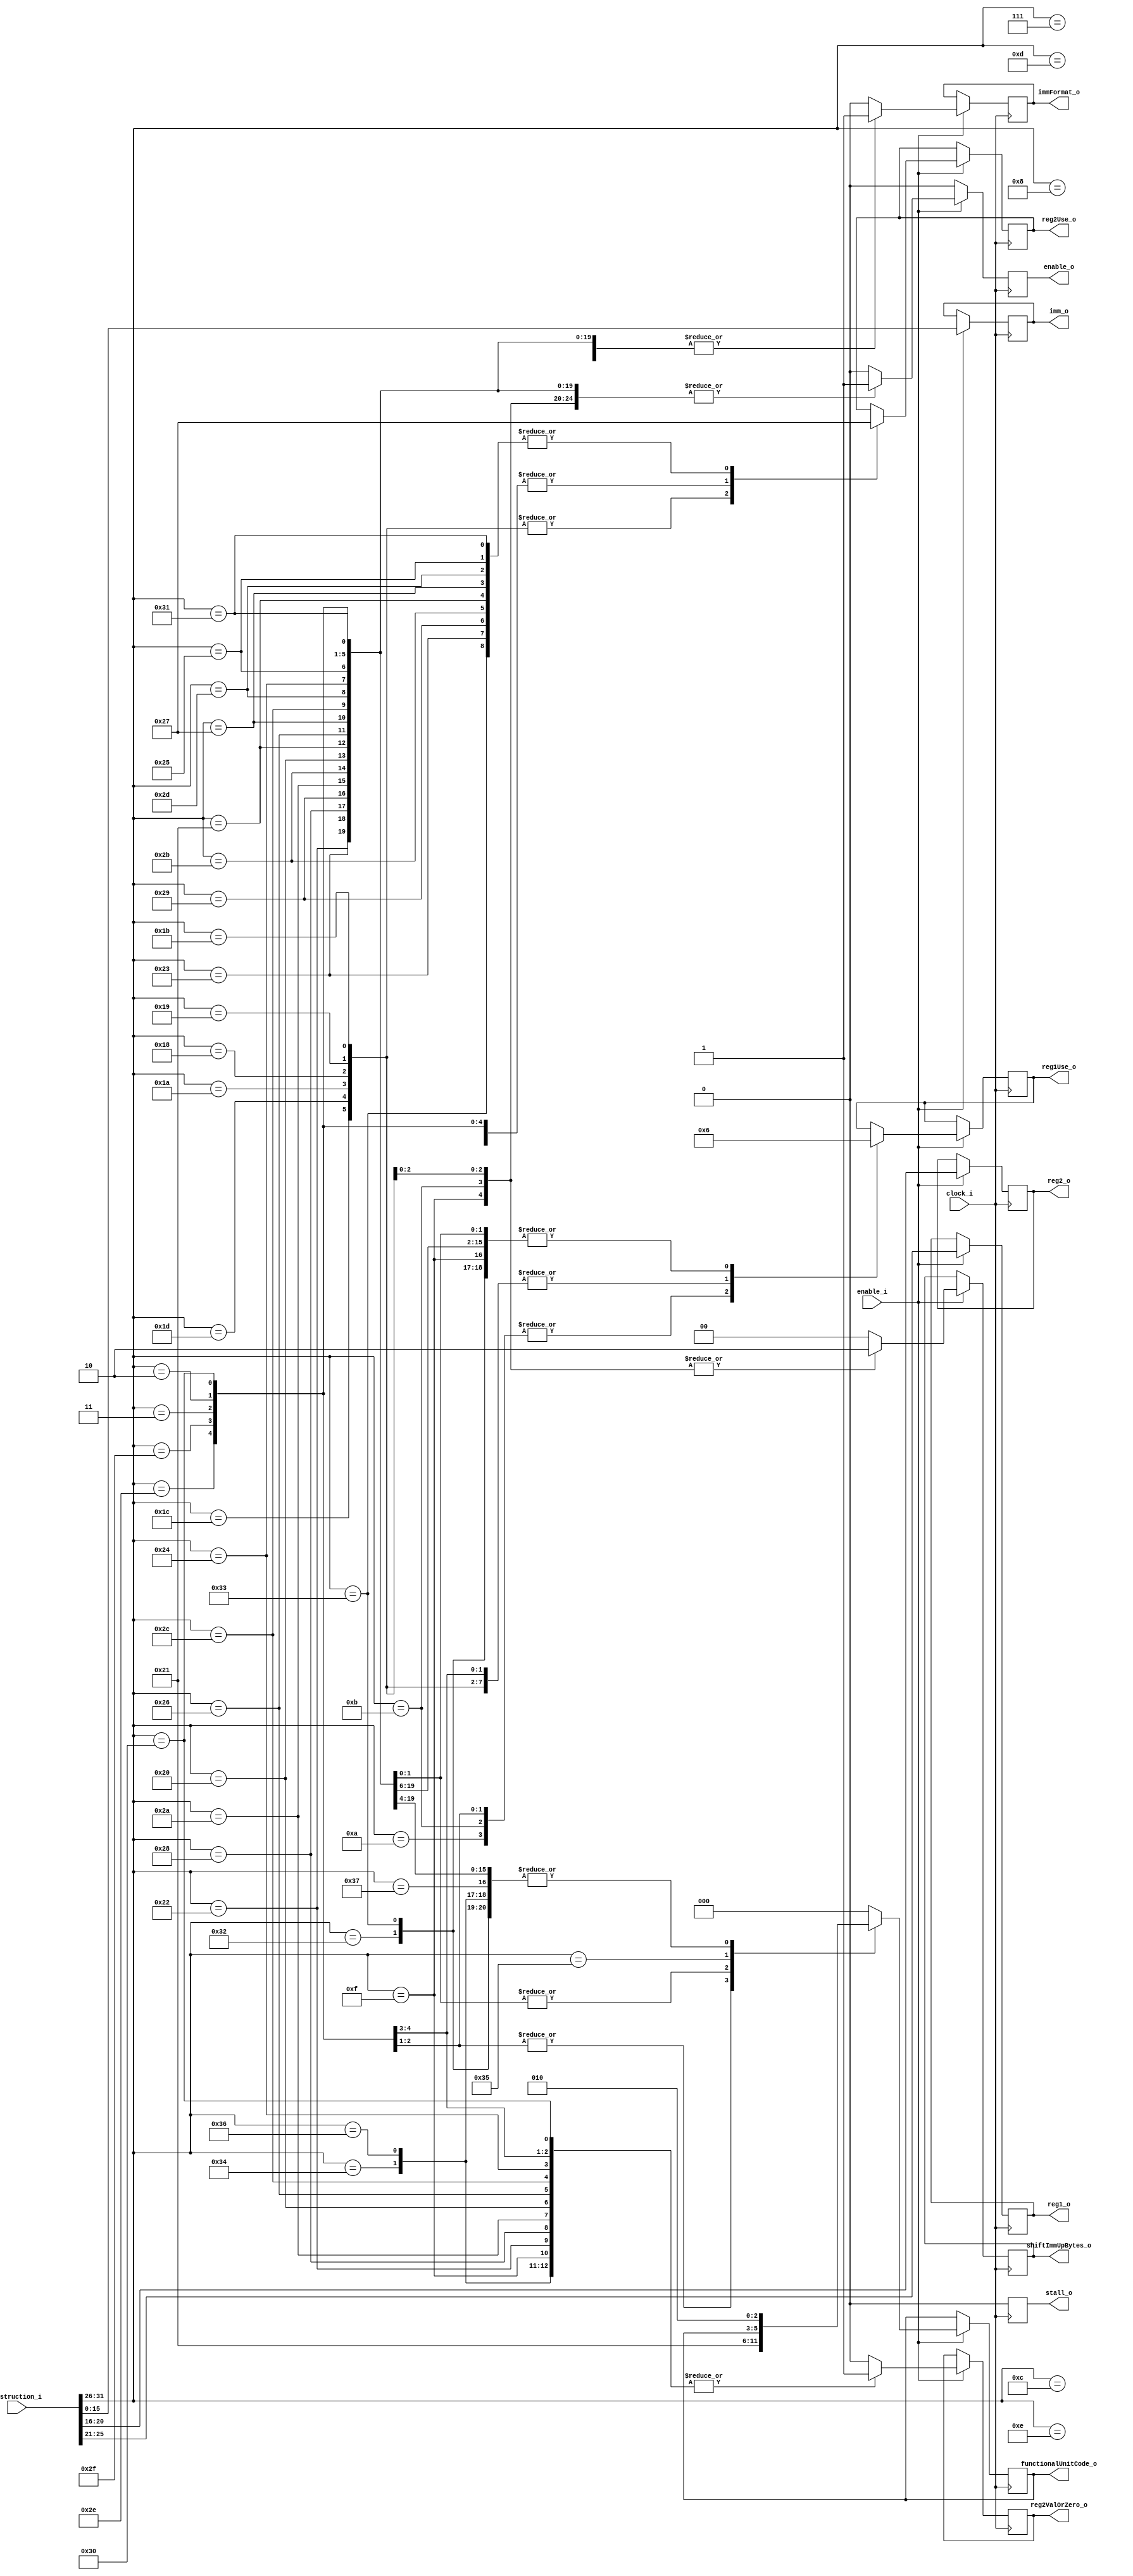
`timescale 1ns / 1ps
//////////////////////////////////////////////////////////////////////////////////
//This unit takes in the fetched instruction (in parallel with other decode units) and checks to see if the instruction is a D foramat isntruction
//Supports all D format instructions in the POWER 3.0B ISA
//////////////////////////////////////////////////////////////////////////////////
module DFormatDecoder#(parameter opcodeWidth = 6, parameter regWidth = 5, parameter immWidth = 16, parameter instructionWidth = 32,
parameter signedImm = 1, parameter unsignedImm = 0, parameter regImm = 0, parameter regRead = 1, parameter regWrite = 2, parameter regReadWrite = 3,
parameter FXUnitCode = 0, parameter FPUnitCode = 1, parameter LdStUnitCode = 2, parameter BranchUnitCode = 3, parameter TrapUnitCode = 4//functional unit code/ID used for dispatch
)(
	//command in
	input wire clock_i,
	input wire enable_i,
	//data in
	input wire [0:instructionWidth-1] instruction_i,
	//command out
	output reg stall_o,
	//data out
	output reg [0:regWidth-1] reg1_o, reg2_o,
	output reg [0:1] reg1Use_o, reg2Use_o,//describes the operations to happen to the reg
	output reg reg2ValOrZero_o,//indicates that if the register addr is zero, a zero litteral is to be used not reg zero
	output reg [0:immWidth-1] imm_o,
	output reg immFormat_o,//0 = unsignedImm, 1 = signedImm (sign extended to 64b down the pipe)
	output reg [0:1]shiftImmUpBytes_o,//EG shiftImmUpBytes_o == 2, the extended immediate will be { 32'h0000_0000, immFormat_o, 16'h0000}, if shiftImmUpBytes_o == 4: {immFormat_o, 48'h0000_0000_0000}
	output reg [0:2] functionalUnitCode_o,
	output reg enable_o
	);

always @(posedge clock_i)
begin
	if(enable_i == 1)
	begin
		reg1_o <= instruction_i[6:10]; reg2_o <= instruction_i[11:15];
		imm_o <= instruction_i[16:31];
		case(instruction_i[0:opcodeWidth-1])//switch on the opcode
		//fixed point D format instructions
			34: begin $display("Load Byte and Zero");
				reg2ValOrZero_o <= 1; immFormat_o <= signedImm; shiftImmUpBytes_o <= 0;	
				reg1Use_o <= regWrite; reg2Use_o <= regRead;
				enable_o <= 1; stall_o <= 0;
				functionalUnitCode_o <= LdStUnitCode;
			end
			35: begin $display("Load Byte and Zero with Update");
				reg2ValOrZero_o <= 0; immFormat_o <= signedImm; shiftImmUpBytes_o <= 0;
				reg1Use_o <= regWrite; reg2Use_o <= regReadWrite;
				enable_o <= 1; stall_o <= 0;
				functionalUnitCode_o <= LdStUnitCode;
			end
			40: begin $display("Load Halfword and Zero");
				reg2ValOrZero_o <= 1; immFormat_o <= signedImm; shiftImmUpBytes_o <= 0;		
				reg1Use_o <= regWrite; reg2Use_o <= regRead;				
				enable_o <= 1; stall_o <= 0;
				functionalUnitCode_o <= LdStUnitCode;
			end
			41: begin $display("Load Halfword and Zero with Update");
				reg2ValOrZero_o <= 0; immFormat_o <= signedImm;  shiftImmUpBytes_o <= 0;		
				reg1Use_o <= regWrite; reg2Use_o <= regReadWrite;
				enable_o <= 1; stall_o <= 0;
				functionalUnitCode_o <= LdStUnitCode;
			end
			42: begin $display("Load Halfword Algebraic");
				reg2ValOrZero_o <= 1; immFormat_o <= signedImm; shiftImmUpBytes_o <= 0;
				reg1Use_o <= regWrite; reg2Use_o <= regRead;	
				enable_o <= 1; stall_o <= 0;
				functionalUnitCode_o <= LdStUnitCode;
			end
			43: begin $display("Load Halfword Algebraic with Update");
				reg2ValOrZero_o <= 0; immFormat_o <= signedImm; shiftImmUpBytes_o <= 0;
				reg1Use_o <= regWrite; reg2Use_o <= regReadWrite;
				enable_o <= 1; stall_o <= 0;
				functionalUnitCode_o <= LdStUnitCode;
			end
			32: begin $display("Load Word and Zero");
				reg2ValOrZero_o <= 1; immFormat_o <= signedImm; shiftImmUpBytes_o <= 0;
				reg1Use_o <= regWrite; reg2Use_o <= regRead;	
				enable_o <= 1; stall_o <= 0;
				functionalUnitCode_o <= LdStUnitCode;
			end
			33: begin $display("Load Word and Zero with Update");
				reg2ValOrZero_o <= 0; immFormat_o <= signedImm; shiftImmUpBytes_o <= 0;
				reg1Use_o <= regWrite; reg2Use_o <= regReadWrite;
				enable_o <= 1; stall_o <= 0;
				functionalUnitCode_o <= LdStUnitCode;
			end
			38: begin $display("Store Byte");
				reg2ValOrZero_o <= 1; immFormat_o <= signedImm; shiftImmUpBytes_o <= 0;
				reg1Use_o <= regWrite; reg2Use_o <= regRead;
				enable_o <= 1; stall_o <= 0;
				functionalUnitCode_o <= LdStUnitCode;
			end
			39: begin $display("Store Byte with Update");
				reg2ValOrZero_o <= 0; immFormat_o <= signedImm; shiftImmUpBytes_o <= 0;
				reg1Use_o <= regWrite; reg2Use_o <= regReadWrite;
				enable_o <= 1; stall_o <= 0;
				functionalUnitCode_o <= LdStUnitCode;
			end
			44: begin $display("Store Halfword");
				reg2ValOrZero_o <= 1; immFormat_o <= signedImm; shiftImmUpBytes_o <= 0;
				reg1Use_o <= regWrite; reg2Use_o <= regRead;
				enable_o <= 1; stall_o <= 0;
				functionalUnitCode_o <= LdStUnitCode;
			end
			45: begin $display("Store Halfword with Update");
				reg2ValOrZero_o <= 0; immFormat_o <= signedImm; shiftImmUpBytes_o <= 0;
				reg1Use_o <= regWrite; reg2Use_o <= regReadWrite;
				enable_o <= 1; stall_o <= 0;
				functionalUnitCode_o <= LdStUnitCode;
			end
			36: begin $display("Store Word");
				reg2ValOrZero_o <= 1; immFormat_o <= signedImm; shiftImmUpBytes_o <= 0;
				reg1Use_o <= regWrite; reg2Use_o <= regRead;
				enable_o <= 1; stall_o <= 0;
				functionalUnitCode_o <= LdStUnitCode;
			end
			37: begin $display("Store Word with Update");
				reg2ValOrZero_o <= 0; immFormat_o <= signedImm; shiftImmUpBytes_o <= 0;
				reg1Use_o <= regWrite; reg2Use_o <= regReadWrite;
				enable_o <= 1; stall_o <= 0;
				functionalUnitCode_o <= LdStUnitCode;
			end
			46: begin $display("Load Multiple Word");
				reg2ValOrZero_o <= 1; immFormat_o <= signedImm; shiftImmUpBytes_o <= 0;
				reg1Use_o <= regRead; reg2Use_o <= regRead;
				enable_o <= 1; stall_o <= 0;
				functionalUnitCode_o <= LdStUnitCode;
			end
			47: begin $display("Store Multiple Word");
				reg2ValOrZero_o <= 1; immFormat_o <= signedImm; shiftImmUpBytes_o <= 0;
				reg1Use_o <= regRead; reg2Use_o <= regRead;
				///CANT BE USED IN le MODE! system align-ment error handler is invoked
				enable_o <= 1; stall_o <= 0;
				functionalUnitCode_o <= LdStUnitCode;
			end
			14: begin $display("Add Immediate");
				reg2ValOrZero_o <= 1; immFormat_o <= signedImm; shiftImmUpBytes_o <= 0;
				reg1Use_o <= regWrite; reg2Use_o <= regRead;
				enable_o <= 1; stall_o <= 0;
				functionalUnitCode_o <= FXUnitCode;
			end
			15: begin $display("Add Immediate Shifted");
				reg2ValOrZero_o <= 1; imm_o <= instruction_i[16:31]; immFormat_o <= signedImm; shiftImmUpBytes_o <= 2;
				reg1Use_o <= regWrite; reg2Use_o <= regRead;
				enable_o <= 1; stall_o <= 0;
				functionalUnitCode_o <= FXUnitCode;
			end
			12: begin $display("Add Immediate Carrying");
				reg2ValOrZero_o <= 0; immFormat_o <= signedImm; shiftImmUpBytes_o <= 0;
				reg1Use_o <= regWrite; reg2Use_o <= regRead;
				enable_o <= 1; stall_o <= 0;
				functionalUnitCode_o <= FXUnitCode;
			end
			13: begin $display("Add Immediate Carrying and Record");
				reg2ValOrZero_o <= 0; immFormat_o <= signedImm; shiftImmUpBytes_o <= 0;
				reg1Use_o <= regWrite; reg2Use_o <= regRead;
				enable_o <= 1; stall_o <= 0;
				functionalUnitCode_o <= FXUnitCode;
			end
			8: begin $display("Subtract From Immediate Carrying");
				reg2ValOrZero_o <= 0; immFormat_o <= signedImm; shiftImmUpBytes_o <= 0;
				reg1Use_o <= regWrite; reg2Use_o <= regRead;
				enable_o <= 1; stall_o <= 0;
				functionalUnitCode_o <= FXUnitCode;
			end
			7: begin $display("Multiply Low Immediate");
				reg2ValOrZero_o <= 0; immFormat_o <= signedImm; shiftImmUpBytes_o <= 0;
				reg1Use_o <= regWrite; reg2Use_o <= regRead;
				enable_o <= 1; stall_o <= 0;
				functionalUnitCode_o <= FXUnitCode;
			end
			11: begin $display("Compare Immediate");
				reg2ValOrZero_o <= 0; immFormat_o <= signedImm; shiftImmUpBytes_o <= 2;
				reg1Use_o <= regImm; reg2Use_o <= regRead;
				enable_o <= 1; stall_o <= 0;
				functionalUnitCode_o <= FXUnitCode;
			end
			10: begin $display("Compare Logical Immediate");
				reg2ValOrZero_o <= 0; immFormat_o <= unsignedImm; shiftImmUpBytes_o <= 0;
				reg1Use_o <= regImm; reg2Use_o <= regRead;
				enable_o <= 1; stall_o <= 0;
				functionalUnitCode_o <= FXUnitCode;
			end
			3: begin $display("Trap Word Immediate");
				reg2ValOrZero_o <= 0; immFormat_o <= signedImm; shiftImmUpBytes_o <= 0;
				reg1Use_o <= regImm; reg2Use_o <= regRead;
				enable_o <= 1; stall_o <= 0;
				functionalUnitCode_o <= TrapUnitCode;
			end
			2: begin $display("Trap Doubleword Immediate");
				reg2ValOrZero_o <= 0; immFormat_o <= signedImm; shiftImmUpBytes_o <= 0;
				reg1Use_o <= regImm; reg2Use_o <= regRead;
				enable_o <= 1; stall_o <= 0;
				functionalUnitCode_o <= TrapUnitCode;
			end
			28: begin $display("AND Immediate");
				reg2ValOrZero_o <= 0; immFormat_o <= unsignedImm; shiftImmUpBytes_o <= 0;
				reg1Use_o <= regRead; reg2Use_o <= regWrite;
				enable_o <= 1; stall_o <= 0;
				functionalUnitCode_o <= FXUnitCode;
			end
			29: begin $display("OR Immediate");
				reg2ValOrZero_o <= 0; immFormat_o <= unsignedImm; shiftImmUpBytes_o <= 0;
				reg1Use_o <= regRead; reg2Use_o <= regWrite;
				enable_o <= 1; stall_o <= 0;
				functionalUnitCode_o <= FXUnitCode;
			end
			24: begin $display("AND Immediate Shifted");
				reg2ValOrZero_o <= 0; immFormat_o <= unsignedImm; shiftImmUpBytes_o <= 2;
				reg1Use_o <= regRead; reg2Use_o <= regWrite;
				enable_o <= 1; stall_o <= 0;
				functionalUnitCode_o <= FXUnitCode;
			end
			25: begin $display("OR Immediate Shifted");
				reg2ValOrZero_o <= 0; immFormat_o <= unsignedImm; shiftImmUpBytes_o <= 2;
				reg1Use_o <= regRead; reg2Use_o <= regWrite;
				enable_o <= 1; stall_o <= 0;
				functionalUnitCode_o <= FXUnitCode;
			end
			26: begin $display("XOR Immediat");
				reg2ValOrZero_o <= 0; immFormat_o <= unsignedImm; shiftImmUpBytes_o <= 0;
				reg1Use_o <= regRead; reg2Use_o <= regWrite;
				enable_o <= 1; stall_o <= 0;
				functionalUnitCode_o <= FXUnitCode;
			end
			27: begin $display("XOR Immediate Shifted");
				reg2ValOrZero_o <= 0; immFormat_o <= unsignedImm; shiftImmUpBytes_o <= 2;
				reg1Use_o <= regRead; reg2Use_o <= regWrite;
				enable_o <= 1; stall_o <= 0;
				functionalUnitCode_o <= FXUnitCode;
			end
		//floating point D format instructions
			48: begin $display("Load Floating-Point Single");
				reg2ValOrZero_o <= 1; immFormat_o <= signedImm; shiftImmUpBytes_o <= 0;
				reg1Use_o <= regWrite; reg2Use_o <= regRead;
				enable_o <= 1; stall_o <= 0;
				functionalUnitCode_o <= FPUnitCode;
			end
			49: begin $display("Load Floating-Point Single with Update");
				reg2ValOrZero_o <= 0; immFormat_o <= signedImm; shiftImmUpBytes_o <= 0;
				reg1Use_o <= regWrite; reg2Use_o <= regReadWrite;
				enable_o <= 1; stall_o <= 0;
				functionalUnitCode_o <= FPUnitCode;
			end
			50: begin $display("Load Floating-Point Double");
				reg2ValOrZero_o <= 1; immFormat_o <= signedImm; shiftImmUpBytes_o <= 0;
				reg1Use_o <= regWrite; reg2Use_o <= regRead;
				enable_o <= 1; stall_o <= 0;
				functionalUnitCode_o <= LdStUnitCode;
			end
			51: begin $display("Load Floating-Point Double with Update");
				reg2ValOrZero_o <= 0; immFormat_o <= signedImm; shiftImmUpBytes_o <= 0;
				reg1Use_o <= regWrite; reg2Use_o <= regReadWrite;
				enable_o <= 1; stall_o <= 0;
				functionalUnitCode_o <= LdStUnitCode;
			end
			
			52	: begin $display("Load Floating-Point Single");
				reg2ValOrZero_o <= 1; immFormat_o <= signedImm; shiftImmUpBytes_o <= 0;
				enable_o <= 1; stall_o <= 0;
				functionalUnitCode_o <= LdStUnitCode;
			end
			53: begin $display("Store Floating-Point Single with Update");
				reg2ValOrZero_o <= 0; immFormat_o <= signedImm; shiftImmUpBytes_o <= 0;
				enable_o <= 1; stall_o <= 0;
			end
			54: begin $display("Store Floating-Point Double");
				reg2ValOrZero_o <= 1; immFormat_o <= signedImm; shiftImmUpBytes_o <= 0;
				enable_o <= 1; stall_o <= 0;
				functionalUnitCode_o <= LdStUnitCode;
			end
			55: begin $display("Store Floating-Point Double with Update");
				reg2ValOrZero_o <= 0; immFormat_o <= signedImm; shiftImmUpBytes_o <= 0;
				enable_o <= 1; stall_o <= 0;
				functionalUnitCode_o <= LdStUnitCode;
			end
			default: begin
				enable_o <= 0;
				reg2ValOrZero_o <= 0;
				immFormat_o <= 0;
				shiftImmUpBytes_o <= 0;			
				stall_o <= 0;
				functionalUnitCode_o <= 0;
			end
		endcase
	end
	else
	begin
		stall_o <= 0;
		enable_o <= 0;
	end
end


endmodule